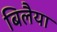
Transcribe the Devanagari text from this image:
बिलैया